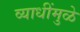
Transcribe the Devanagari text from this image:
व्याधींमुळे